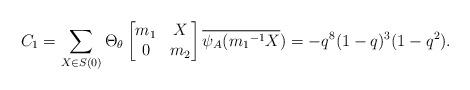
LaTeX: \begin{align*} C_1=\sum_{X \in S(0)}\Theta_{\theta} \begin{bmatrix} m_1 & X\\ 0 & m_2\end{bmatrix}\overline{\psi_A({m_1}^{-1}X})=-q^{8}(1-q)^3(1-q^2).\end{align*}